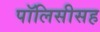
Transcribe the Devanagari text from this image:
पॉलिसीसह